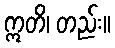
ဣတိ၊ တည်း။